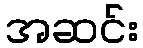
အဆင်း